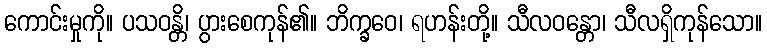
ကောင်းမှုကို။ ပသဝန္တိ၊ ပွားစေကုန်၏။ ဘိက္ခဝေ၊ ရဟန်းတို့။ သီလဝန္တော၊ သီလရှိကုန်သော။